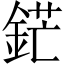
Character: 鋩